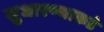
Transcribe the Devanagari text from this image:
सुधारण्याकडे